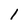
Character: 1